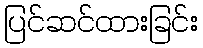
ပြင်ဆင်ထားခြင်း